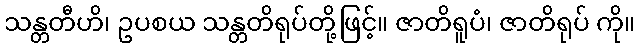
သန္တတီဟိ၊ ဥပစယ သန္တတိရုပ်တို့ဖြင့်။ ဇာတိရူပံ၊ ဇာတိရုပ် ကို။